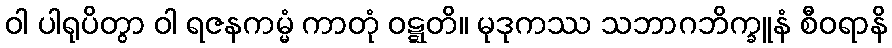
ဝါ ပါရုပိတွာ ဝါ ရဇနကမ္မံ ကာတုံ ဝဋ္ဋတိ။ မုဒုကဿ သဘာဂဘိက္ခူနံ စီဝရာနိ